Report of the Indian Hemp Drugs Commission, 1894-1895 - Volume VII
Year: 1894
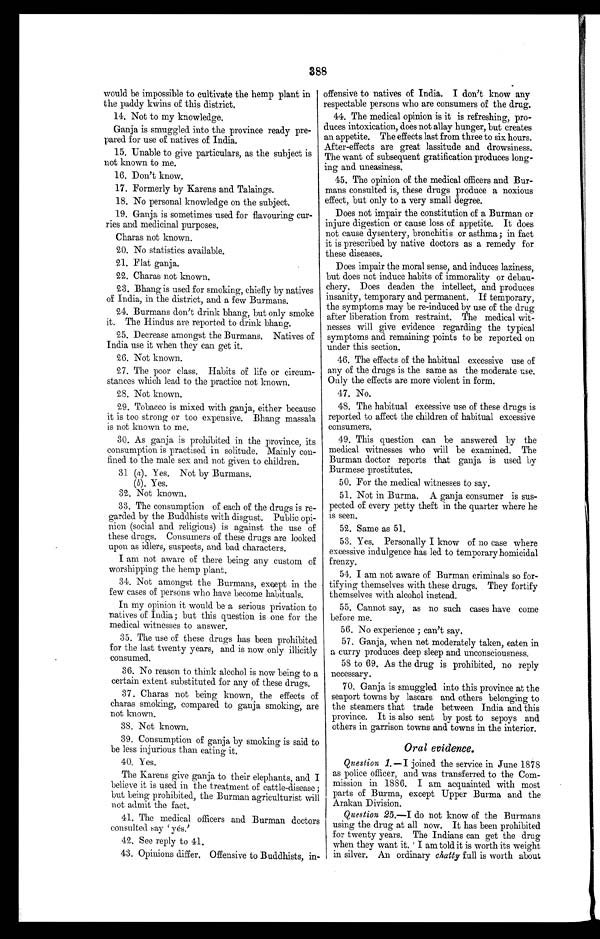
388
would be impossible to cultivate the hemp plant in
the paddy kwins of this district.
14. Not to my knowledge.
Ganja is smuggled into the province ready pre-
pared for use of natives of India.
15. Unable to give particulars, as the subject is
not known to me.
16. Don't know.
17. Formerly by Karens and Talaings.
18. No personal knowledge on the subject.
19. Ganja is sometimes used for flavouring cur-
ries and medicinal purposes.
Charas not known.
20. No statistics available.
21. Flat ganja.
22. Charas not known.
2 3 . Bh a n g i s u s e d f o r s mo k i n g , c h i e f l y b y n a t i v e s
of India, in the district, and a few Burmans.
2 4 . Bu r ma n s d o n ' t d r i n k b h a n g , b u t o n l y s mo k e
it. The Hindus are reported to drink bhang.
25. Decrease amongst the Burmans. Natives of
India use it when they can get it.
26. Not known.
27. The poor class. Habits of life or circum-
stances which lead to the practice not known.
28. Not known.
29. Tobacco is mixed with ganja, either because
it is too strong or too expensive. Bhang massala
is not known to me.
30. As ganja is prohibited in the province, its
consumption is practised in solitude. Mainly con-
fined to the male sex and not given to children.
31 (a) Yes. Not by Burmans.
(b) . Yes.
32. Not known.
33. The consumption of each of the drugs is re-
garded by the Buddhists with disgust. Public opi-
nion (social and religious) is against the use of
these drugs. Consumers of these drugs are looked
upon as idlers, suspects, and bad characters.
I am not aware of there being any custom of
worshipping the hemp plant.
34. Not amongst the Burmans, except in the
few cases of persons who have become habituals.
In my opinion it would be a serious privation to
natives of India; but this question is one for the
medical witnesses to answer.
35. The use of these drugs has been prohibited
for the last twenty years, and is now only illicitly
consumed.
36. No reason to think alcohol is now being to a
certain extent substituted for any of these drugs.
37. Charas not being known, the effects of
charas smoking, compared to ganja smoking, are
not known.
38. Not known.
39. Consumption of ganja by smoking is said to
be less injurious than eating it.
40. Yes.
The Karens give ganja to their elephants, and
I believe it is used in the treatment of cattle-disease
but being prohibited, the Burman agriculturist will
not admit the fact.
41. The medical officers and Burman doctor
consulted say ' yés.'
42. See reply to 41.
43. Opinions differ. Offensive to Buddhists, in-
offensive to natives of India. I don't know any
respectable persons who are consumers of the drug.
44. The medical opinion is it is refreshing, pro-
duces intoxication, does not allay hunger, but creates
an appetite. The effects last from three to six hours.
After-effects are great lassitude and drowsiness.
The want of subsequent gratification produces long-
ing and uneasiness.
45. The opinion of the medical officers and Bur-
mans consulted is, these drugs produce a noxious
effect, but only to a very small degree.
Does not impair the constitution of a Burman or
injure digestion or cause loss of appetite. It does
not cause dysentery, bronchitis or asthma; in fact
it is prescribed by native doctors as a remedy for
these diseases.
Does impair the moral sense, and induces laziness,
but does not induce habits of immorality or debau-
chery. Does deaden the intellect, and produces
insanity, temporary and permanent. If temporary,
the symptoms may be re-induced by use of the drug
after liberation from restraint. The medical wit-
nesses will give evidence regarding the typical
symptoms and remaining points to be reported on
under this section.
46. The effects of the habitual excessive use of
any of the drugs is the same as the moderate use.
Only the effects are more violent in form.
47. No.
48. The habitual excessive use of these drugs is
reported to affect the children of habitual excessive
consumers.
49. This question can be answered by the
medical witnesses who will be examined. The
Burman doctor reports that ganja is used by
Burmese prostitutes.
50. For the medical witnesses to say.
51. Not in Burma. A ganja consumer is sus-
pected of every petty theft in the quarter where he
is seen.
52. Same as 51.
53. Yes. Personally I know of no case where
excessive indulgence has led to temporary homicidal
frenzy.
54. I am not aware of Burman criminals so for-
tifying themselves with these drugs. They fortify
themselves with alcohol instead.
55. Cannot say, as no such cases have come
before me.
56. No experience ; can't say.
57. Ganja, when not moderately taken, eaten in
a curry produces deep sleep and unconsciousness.
58 to 69. As the drug is prohibited, no reply
necessary.
70. Ganja is smuggled into this province at the
seaport towns by lascars and others belonging to
the steamers that trade between India and this
province. It is also sent by post to sepoys and
others in garrison towns and towns in the interior.
Oral evidence.
Question 1.—I joined the service in June 1878
as police officer, and was transferred to the Com-
mission in 1886. I am acquainted with most
parts of Burma, except Upper Burma and the
Arakan Division.
Question 25.—I do not know of the Burmans
using the drug at all now. It has been prohibited
for twenty years. The Indians can get the drug
when they want it. I am told it is worth its weight
in silver. An ordinary chatty full is worth about